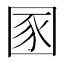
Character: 圂